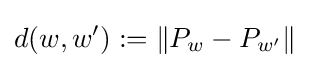
d(w,w'):=\lVert P_{w}-P_{w'}\rVert